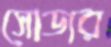
সোডার